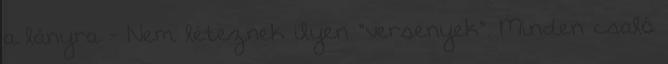
a lányra - Nem léteznek ilyen "versenyek". Minden csaló